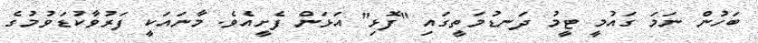
ބަހުން ނަމަ ގައުމީ ޓީމު ދަނޑުމަތީގައި "ފޮޅި" އަޅަން ފެށީއެވެ. މާނައަކީ ފަރުވާކުޑަވުމުގެ